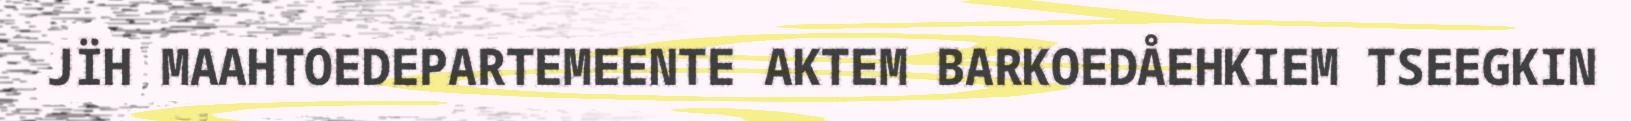
JÏH MAAHTOEDEPARTEMEENTE AKTEM BARKOEDÅEHKIEM TSEEGKIN